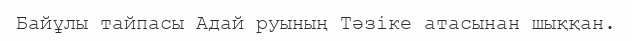
Байұлы тайпасы Адай руының Тәзіке атасынан шыққан.